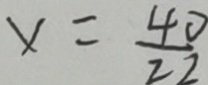
x = \frac { 4 0 } { 2 2 }